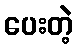
ပေးတဲ့